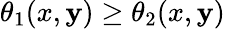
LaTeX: \theta_{1}(x,\mathbf{y})\ge\theta_{2}(x,\mathbf{y})